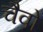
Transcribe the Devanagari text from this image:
चैवो